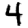
Digit: 4